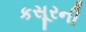
કસૂરની